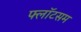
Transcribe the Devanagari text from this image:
फ्लॉटसम